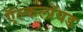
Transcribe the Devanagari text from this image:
ऍल्कलॉयड